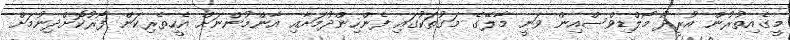
މީގެއިތުރުން އުރީދޫ މޯލްޑިވްސްއިން ވަނީ މާލޭގެ މަގުތަކުގައި ފެންހިންދުމަށާއި އާންމުންނަށް އެހީތެރިކަން ފޯރުކޮށްދިނުމަށް